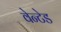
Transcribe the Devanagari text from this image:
वेन्टेड